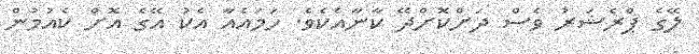
ލޭގެ ޕްރެޝަރު ވެސް ދަށްކޮށްދޭ ކާނާއެކެވެ. ހަމައެއާ އެކު އޭގެ އޮށް ކެއުމުން